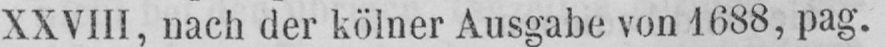
XXVIII, nach der kölner Ausgabe von 1688, pag.